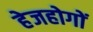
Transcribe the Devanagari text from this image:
हेजहोगों